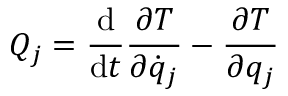
Q _ { j } = { \frac { \mathrm { d } } { \mathrm { d } t } } { \frac { \partial T } { \partial { \dot { q } } _ { j } } } - { \frac { \partial T } { \partial q _ { j } } }